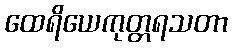
ထေရိယေကုတ္တရသတာ